Some observations on the poison of the banded krait (Bungarus fasciatus) - Number 7
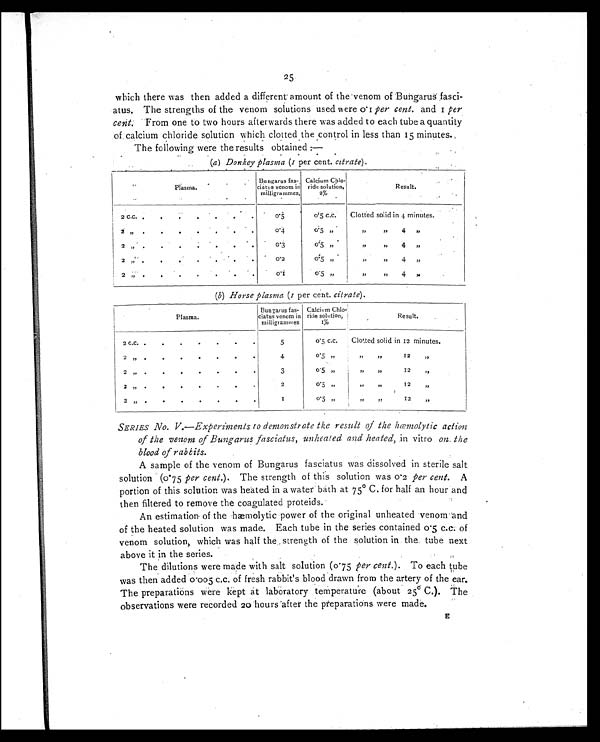
25
which there was then added a different amount of the venom of Bungarus fasci-
atus. The strengths of the venom solutions used were 0.1 per cent.a n d 1
p e r
cent. From one to two hours afterwards there was added to each tube a quantity
of, calcium chloride solution which clotted the control in less than 15 minutes.
The following were the results obtained :—
( a ) D o n k e y p l a s m a ( 1 p e r c e n t . c i t r a t e ) .
Plasma.
Bungarus fas-
ciatus venom in
milligrammes.
Calcium Chlo-
ride solution,
2%
R e s u l t .
2 C.C.
.
.
.
.
.
.
.
0 . 5
0. 5 c. c.
Clotted solid in 4 minutes.
2 ”
.
.
.
.
.
. .
0.4
0.5 ”
”
”
4
”
2 ”
.
.
.
.
.
.
.
0 . 3
o.5 ”
”
”
4
”
2 „
.
.
.
.
.
.
.
0.2
0.5 ,,
I
,,
,,
4 ”
2 ”
.
.
.
.
.
.
.
0 . 1
0.5 ”
”
”
4
”
(b) Horse plasma (1 per cent. citrate).
P l a s m a .
Bungarus fas-
ciatus venom in
milligrammes
Calcium Chlo-
ride solution, 1 %
Result.
2 C.C.
.
.
.
.
.
. .
5
0 . 5 c. c.
Clotted solid in 12 m i n u t e s .
2
”
.
.
.
.
.
.
.
4
0.5
”
”
”
1 2
”
2
”
.
.
.
.
.
.
. .
3
0.5
”
”
”
12
”
2
„
.
.
.
.
.
.
•
2
0.5
”
”
”
12
”
2
”
.
.
.
.
.
.
.
1
0 . 5
”
”
”
12
”
SERIES No. V.—Experiments to demonstrate the result of the hœmolytic action
of the venom of Bungarus fasciatus, unheated and heated, in vitro on the
blood of rabbits.
A sample of the venom of Bungarus fasciatus was dissolved in sterile salt
solution (0.75 per cent.). The strength of this solution was 0.2 per cent.A
portion of this solution was heated in a water bath at 75° C. for half an hour and
then filtered to remove the coagulated proteids.
An estimation of the hæmolytic power of the original unheated venom and
of the heated solution was made. Each tube in the series contained 0.5 c.c. of
venom solution, which was half the strength of the solution in the tube next
above it in the series.
The dilutions were made with salt solution (0.75 per cent.). To each tube
was then added 0.005 c.c. of fresh rabbit's blood drawn from the artery of the ear.
The preparations were kept at laboratory temperature (about 25° C.). The
observations were recorded 20 hours after the preparations were made
.
E